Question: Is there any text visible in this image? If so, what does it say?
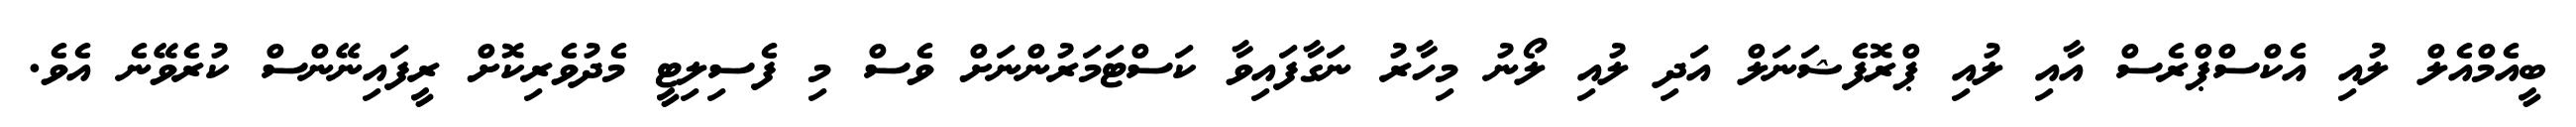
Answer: ބީއެމްއެލް ލުއި އެކްސްޕްރެސް އާއި ލުއި ޕްރޮފެޝަނަލް އަދި ލުއި ލޯނު މިހާރު ނަގާފައިވާ ކަސްޓަމަރުންނަށް ވެސް މި ފެސިލިޓީ މެދުވެރިކޮށް ރީފައިނޭންސް ކުރެވޭނެ އެވެ.